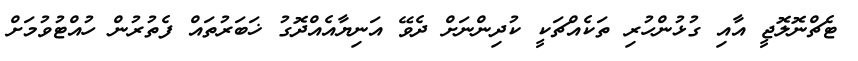
ޓެޗްނޮލޮޖީ އާއި ގުޅުންހުރި ތަކެއްޗަކީ ކުދިންނަށް ދެވޭ އަނިޔާއެއްދޮގު ޚަބަރުތައް ފެތުރުން ހުއްޓުވުމަށް